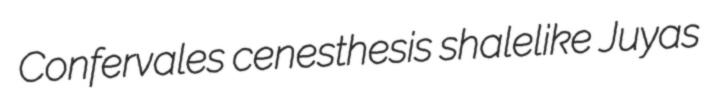
Confervales cenesthesis shalelike Juyas